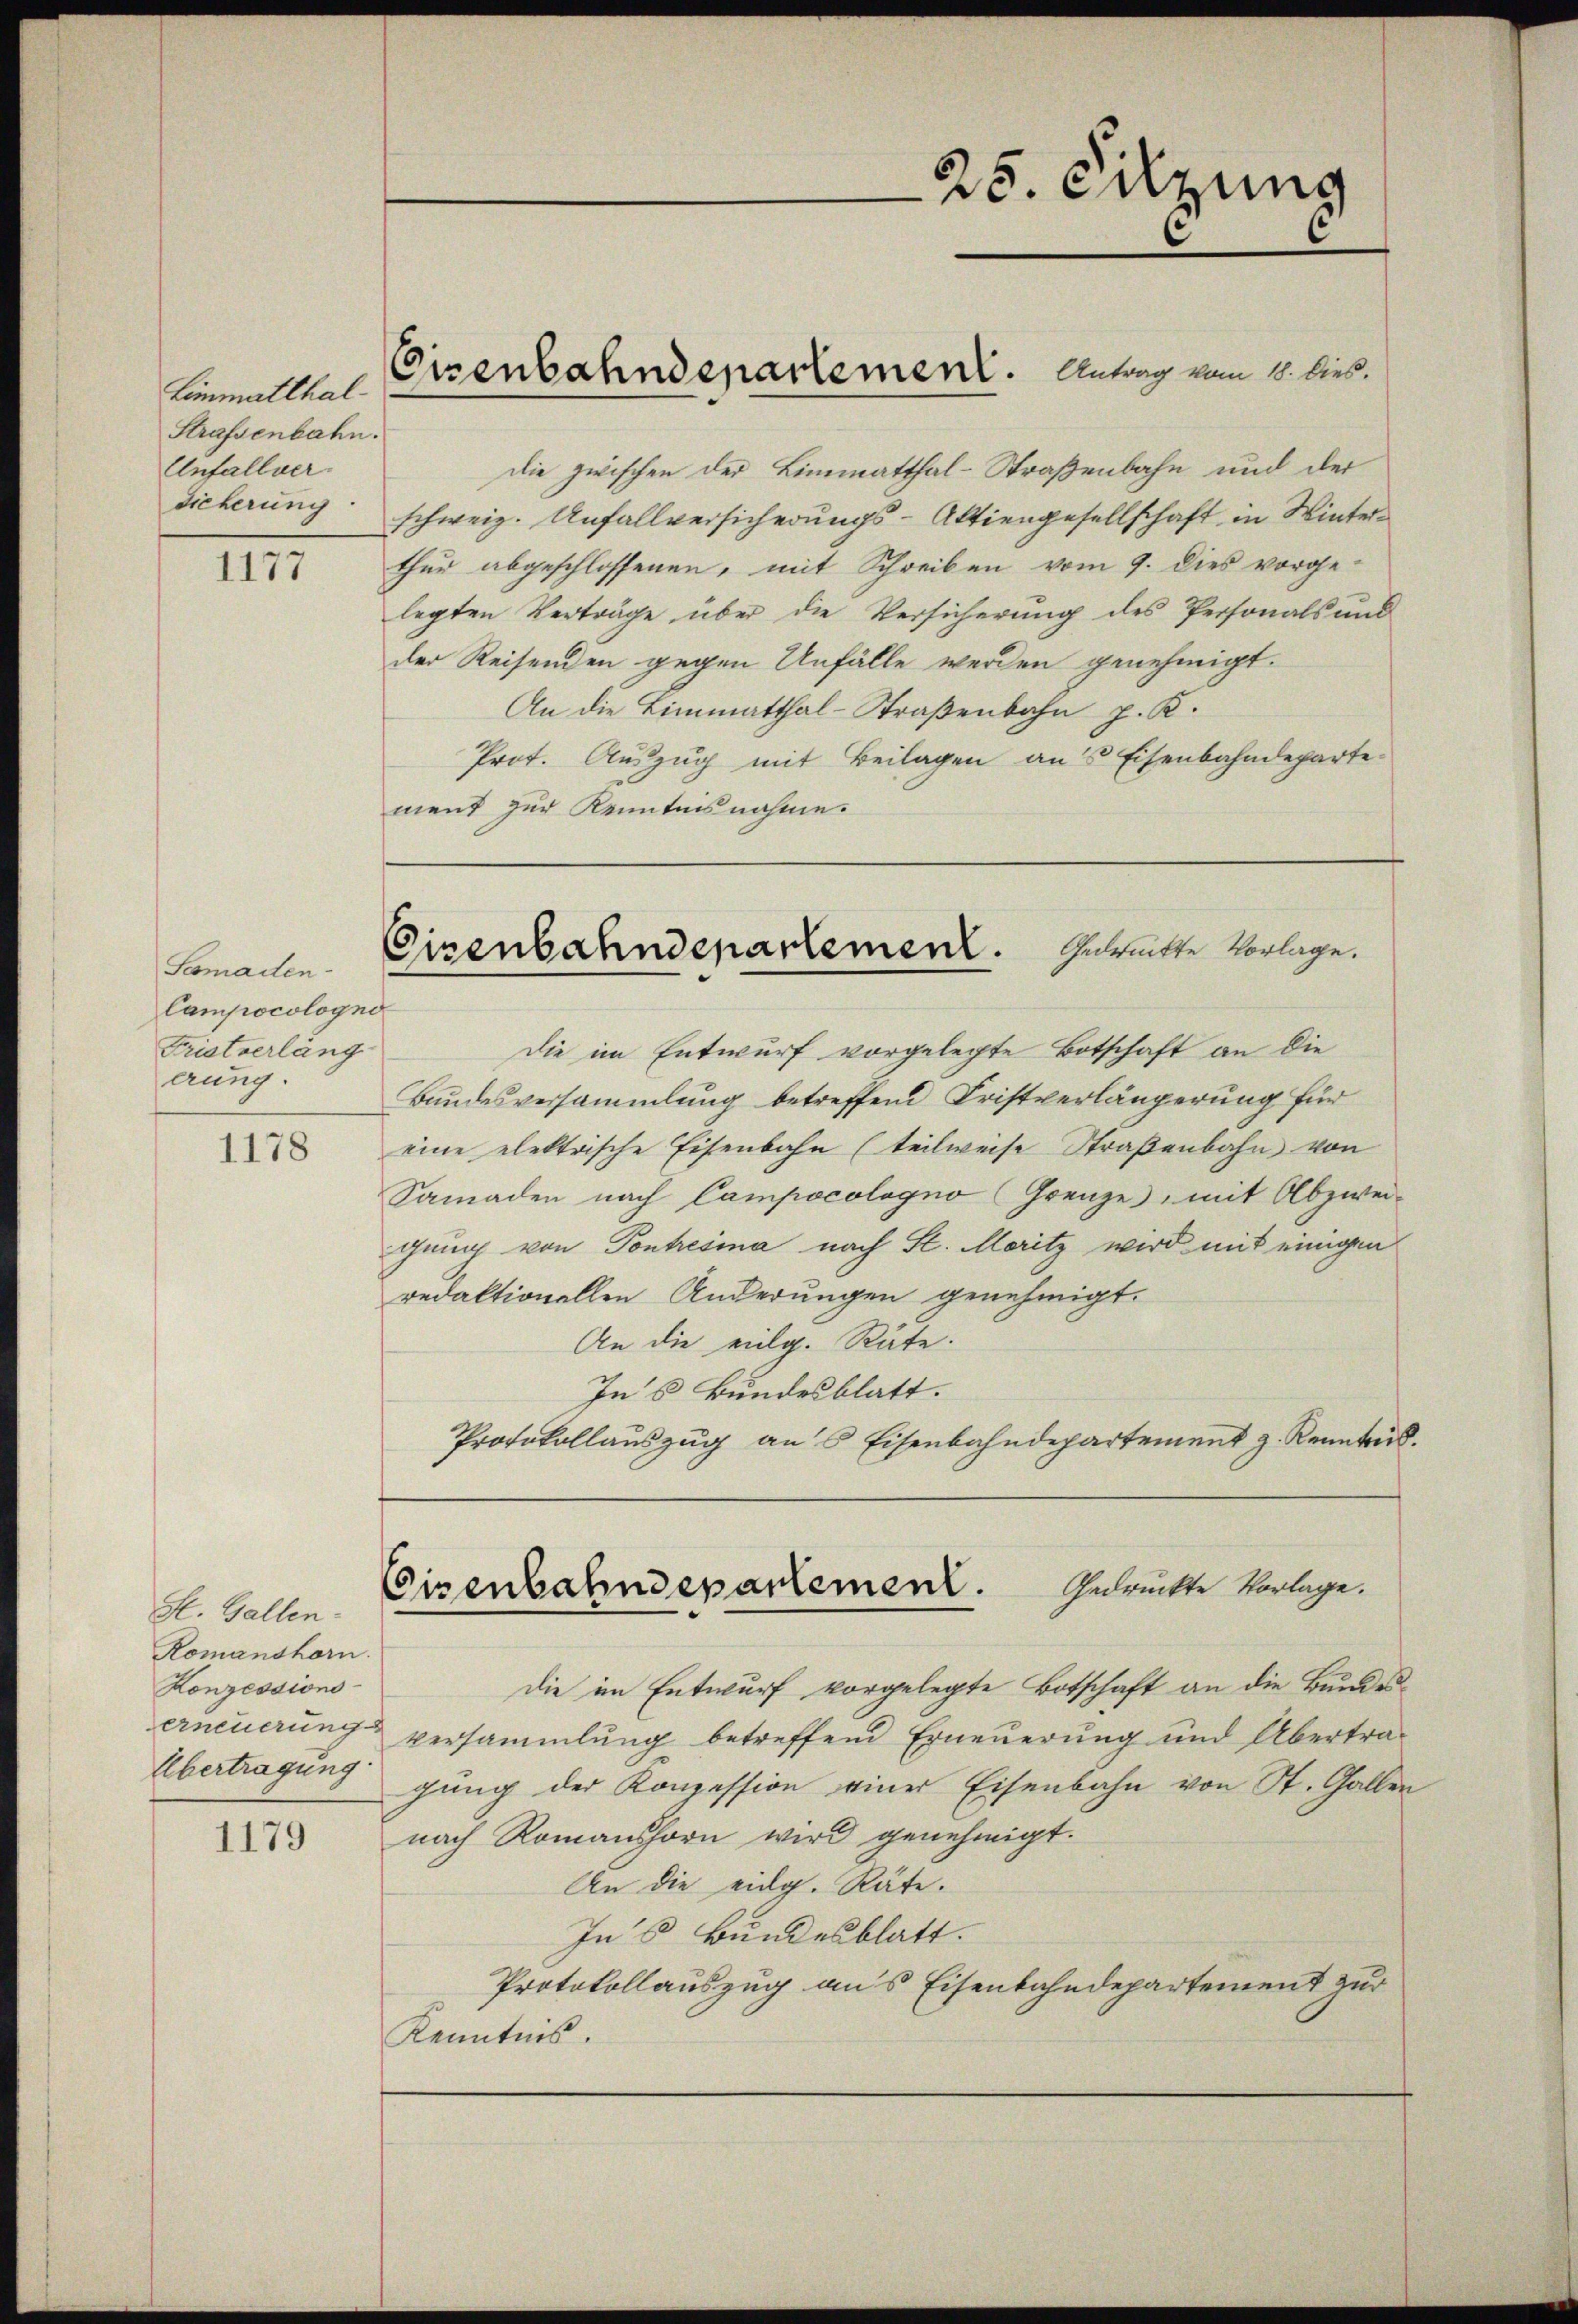
Limmatthal¬
Strafsenbahn.
Unfall(...)-
Sicherung.

1177

1178

1179

Scomaden¬
Campocologno
Fristverläng
erung.

H. Gallen.
Romanshorn.
Konzessions-
Übertragung

Eisenbahndepartement. Antrag vom 18. lies.

25. Silzung
.

die zwischen der Limmatthal-Straßenbahn und der
schweiz. Unfallversicherungs-Aktiengesellschaft in Winterthur abgeschlossenen, mit Schreiben vom 9. dies vorge-
legten Verträge über die Versicherung des Personals und
der Reisenden gegen Unfälle werden genehmigt.
An die Limmatthal-Straßenbahn p. K.
Prot. Auszug mit Beilagen an’s Eisenbahndeparte
ment zur Kenntnisnahme.

Eisenbahndenartement. Gedrückte Vorlage.

Gedruckte Vorlage.
Cisenbahndepartement.

Die im Entwurf vorgelegte Botschaft an die
Bandesversammlung betreffend Fristverlängerung für
eine elektrische Eisenbahn (teilweise Straßenbahn von
Samaden nach Campocologno Grenze, mit Abzwei-
gung von Pontresina nach St. Moritz wird mit einigen
redaktionellen Änderungen genehmigt.
An die eilg. Räte.
Ins Bundesblatt.
Protokollauszug ans Eisenbahndepartement z. Kenntrud.

die im Entwurf vorgelegte Botschaft an die Bundeserneuerung versammlung betreffend Erneuerung und Übertragung der Konzession einer Eisenbahn von St. Gallen
nach Romanshorn wird genehmigt.
An die eidg. Räte.
In’s Bundesblatt.
Protokollauszug aus Eisenbahndepartement zur
Kenntnis.